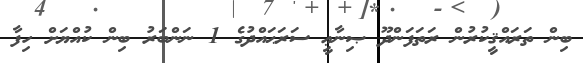
ބިން ތަރައްޤީކުރުން ރަތަފަންދޫ ޞިނާޢީ ސަރަޙައްދުގެ 1 ނަންބަރު ބިން ކުއްޔަށް ހިފާ